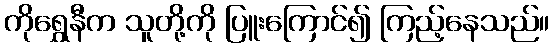
ကိုရွှေနီက သူတို့ကို ပြူးကြောင်၍ ကြည့်နေသည်။